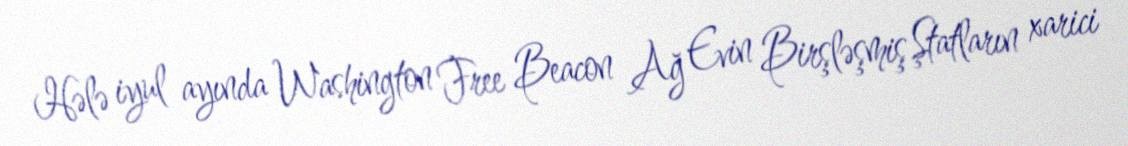
Hələ iyul ayında Washington Free Beacon Ağ Evin Birşləşmiş Ştatların xarici